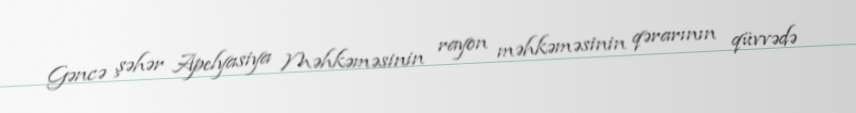
Gəncə şəhər Apelyasiya Məhkəməsinin rayon məhkəməsinin qərarının qüvvədə